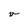
Character: v